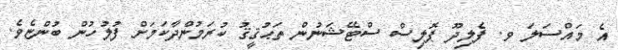
އެ މައްސަލަ ވ. ފެލިދޫ ޕޮލިސް ސްޓޭޝަނުން ތަޙުޤީޤު ކުރަމުންދާކަމަށް ފުލުހުން ބުންޏެވެ.